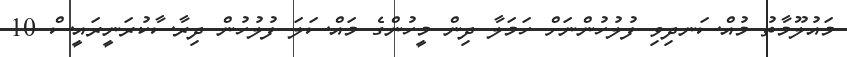
މައުލޫމާތު މުއްސަނދިވި ފުލުހުންނަށް ހަމަލާ ދިން މީހުންގެ މައްސަލަ ފުލުހުން ދިރާސާކުރަނީރައީސް 10